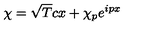
\chi = \sqrt { T } c x + \chi _ { p } { e } ^ { i p x }